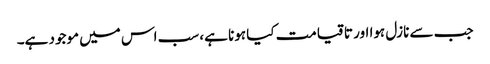
جب سے نازل ہوا اور تا قیامت کیا ہونا ہے، سب اس میں موجود ہے۔